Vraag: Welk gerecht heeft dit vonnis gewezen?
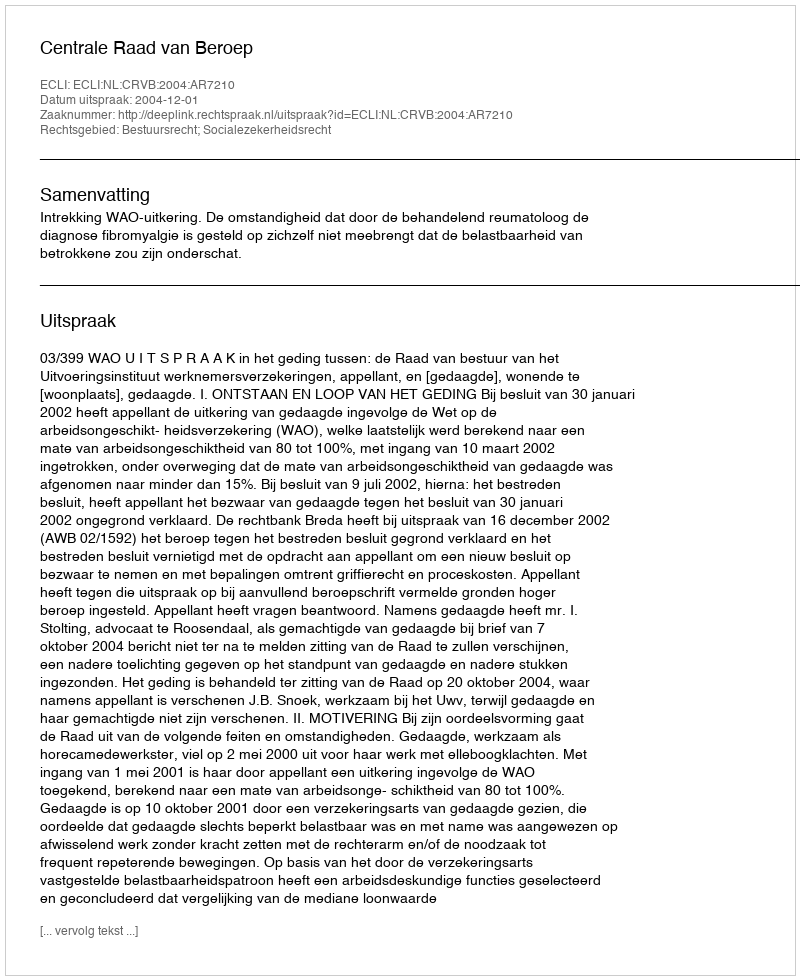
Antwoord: Centrale Raad van Beroep